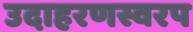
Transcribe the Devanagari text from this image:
उदाहरणस्वरप